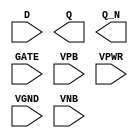
module sky130_fd_sc_hd__dlxbp (
    //# {{data|Data Signals}}
    input  D   ,
    output Q   ,
    output Q_N ,

    //# {{clocks|Clocking}}
    input  GATE,

    //# {{power|Power}}
    input  VPB ,
    input  VPWR,
    input  VGND,
    input  VNB
);
endmodule